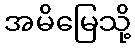
အမိမြေသို့